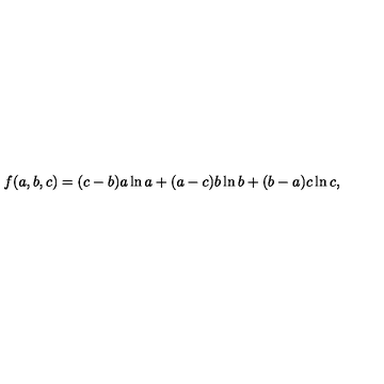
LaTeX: f ( a , b , c ) = ( c - b ) a \ln a + ( a - c ) b \ln b + ( b - a ) c \ln c ,